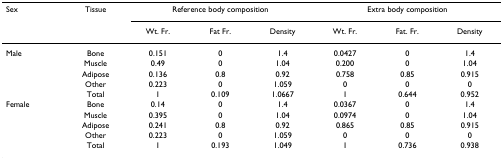
<table><thead><tr><td><b>Sex</b></td><td><b>Tissue</b></td><td colspan="3"><b>Reference body composition</b></td><td colspan="3"><b>Extra body composition</b></td></tr><tr><td></td><td></td><td><b>Wt. Fr.</b></td><td><b>Fat Fr.</b></td><td><b>Density</b></td><td><b>Wt. Fr.</b></td><td><b>Fat. Fr.</b></td><td><b>Density</b></td></tr></thead><tbody><tr><td>Male</td><td>Bone</td><td>0.151</td><td>0</td><td>1.4</td><td>0.0427</td><td>0</td><td>1.4</td></tr><tr><td></td><td>Muscle</td><td>0.49</td><td>0</td><td>1.04</td><td>0.200</td><td>0</td><td>1.04</td></tr><tr><td></td><td>Adipose</td><td>0.136</td><td>0.8</td><td>0.92</td><td>0.758</td><td>0.85</td><td>0.915</td></tr><tr><td></td><td>Other</td><td>0.223</td><td>0</td><td>1.059</td><td>0</td><td>0</td><td>0</td></tr><tr><td></td><td>Total</td><td>1</td><td>0.109</td><td>1.0667</td><td>1</td><td>0.644</td><td>0.952</td></tr><tr><td>Female</td><td>Bone</td><td>0.14</td><td>0</td><td>1.4</td><td>0.0367</td><td>0</td><td>1.4</td></tr><tr><td></td><td>Muscle</td><td>0.395</td><td>0</td><td>1.04</td><td>0.0974</td><td>0</td><td>1.04</td></tr><tr><td></td><td>Adipose</td><td>0.241</td><td>0.8</td><td>0.92</td><td>0.865</td><td>0.85</td><td>0.915</td></tr><tr><td></td><td>Other</td><td>0.223</td><td>0</td><td>1.059</td><td>0</td><td>0</td><td>0</td></tr><tr><td></td><td>Total</td><td>1</td><td>0.193</td><td>1.049</td><td>1</td><td>0.736</td><td>0.938</td></tr></tbody></table>